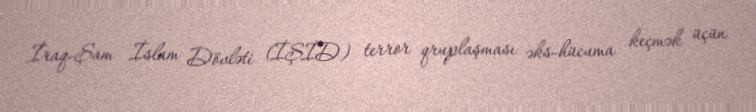
İraq-Şam İslam Dövləti (İŞİD) terror qruplaşması əks-hücuma keçmək üçün